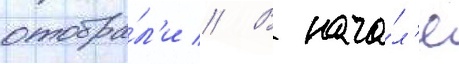
отобра́л'и // В нача́л'е